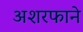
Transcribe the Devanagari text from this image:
अशरफाने